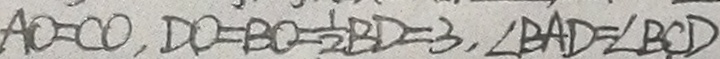
A O = C O , D O = B O = \frac { 1 } { 2 } B D = 3 , \angle B A D = \angle B C D